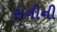
રાનીની